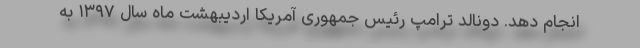
انجام دهد. دونالد ترامپ رئیس جمهوری آمریکا اردیبهشت ماه سال ۱۳۹۷ به